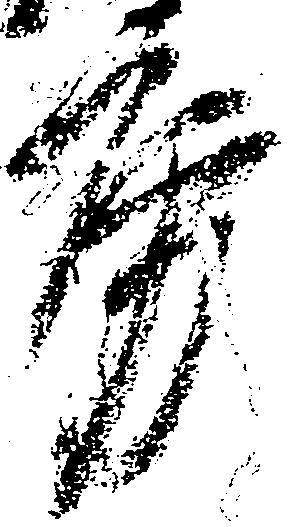
房